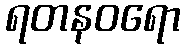
ရတနဝရော